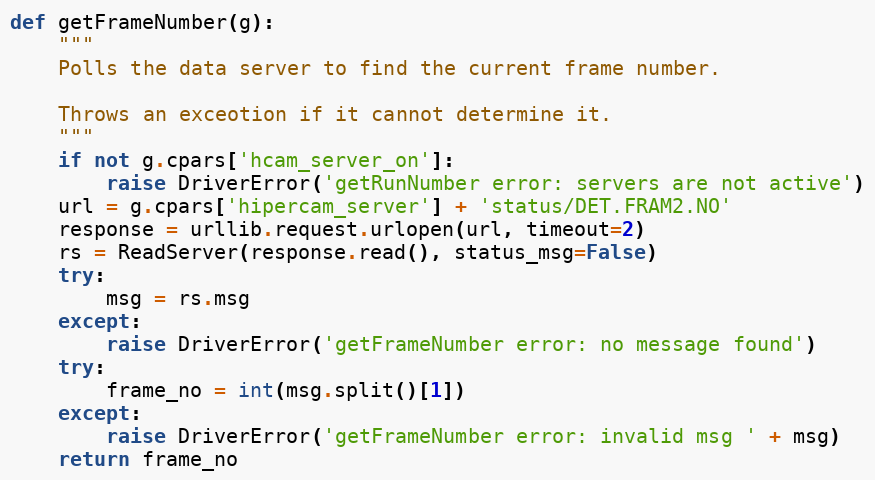
Language: Python
def getFrameNumber(g):
    """
    Polls the data server to find the current frame number.

    Throws an exceotion if it cannot determine it.
    """
    if not g.cpars['hcam_server_on']:
        raise DriverError('getRunNumber error: servers are not active')
    url = g.cpars['hipercam_server'] + 'status/DET.FRAM2.NO'
    response = urllib.request.urlopen(url, timeout=2)
    rs = ReadServer(response.read(), status_msg=False)
    try:
        msg = rs.msg
    except:
        raise DriverError('getFrameNumber error: no message found')
    try:
        frame_no = int(msg.split()[1])
    except:
        raise DriverError('getFrameNumber error: invalid msg ' + msg)
    return frame_no